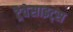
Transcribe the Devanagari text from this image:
ट्रैवेसाइट्स